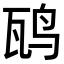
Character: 𬸁